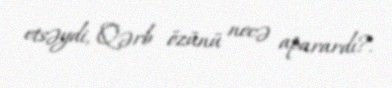
etsəydi, Qərb özünü necə aparardı?.